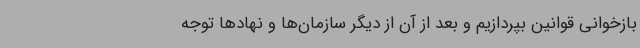
بازخوانی قوانین بپردازیم و بعد از آن از دیگر سازمان‌ها و نهادها توجه